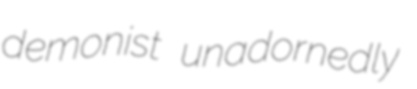
demonist unadornedly